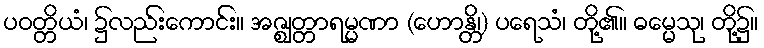
ပဝတ္တိယံ၊ ၌လည်းကောင်း။ အဇ္ဈတ္တာရမ္မဏာ (ဟောန္တိ၊) ပရေသံ၊ တို့၏။ ဓမ္မေသု၊ တို့၌။